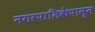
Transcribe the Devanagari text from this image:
नगरपालिकेपासून